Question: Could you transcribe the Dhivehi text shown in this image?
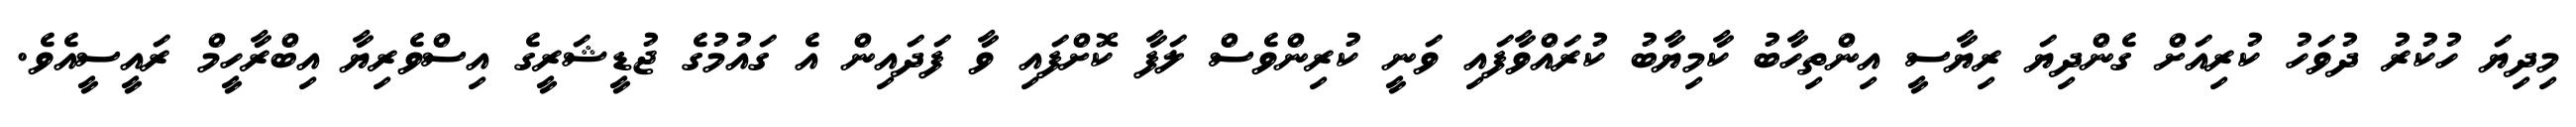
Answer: މިދިޔަ ހުކުރު ދުވަހު ކުރިއަށް ގެންދިޔަ ރިޔާސީ އިންތިހާބު ކާމިޔާބު ކުރައްވާފައި ވަނީ ކުރިންވެސް ލަފާ ކޮށްފައި ވާ ފަދައިން އެ ގައުމުގެ ޖުޑީޝަރީގެ އިސްވެރިޔާ އިބްރާހީމް ރައީސީއެވެ.